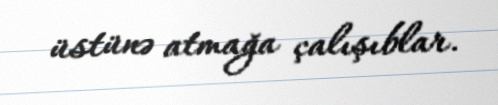
üstünə atmağa çalışıblar.